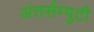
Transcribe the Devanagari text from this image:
अंतर्सम्पुटी